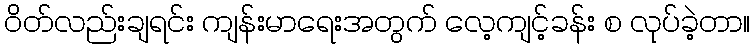
ဝိတ်လည်းချရင်း ကျန်းမာရေးအတွက် လေ့ကျင့်ခန်း စ လုပ်ခဲ့တာ။